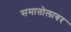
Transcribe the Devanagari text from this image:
समातोलावर